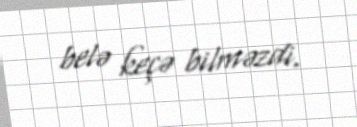
belə keçə bilməzdi.